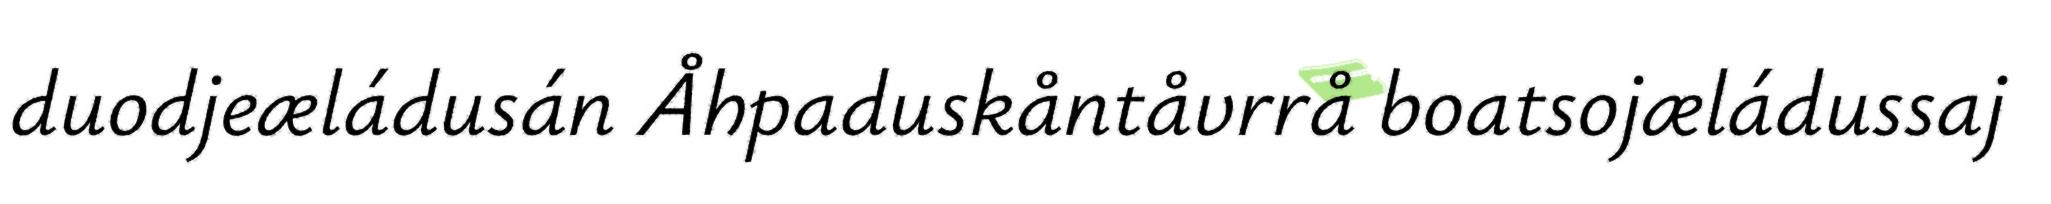
duodjeæládusán Åhpaduskåntåvrrå boatsojæládussaj